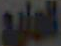
المنيع